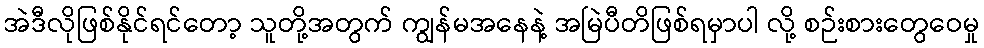
အဲဒီလိုဖြစ်နိုင်ရင်တော့ သူတို့အတွက် ကျွန်မအနေနဲ့ အမြဲပီတိဖြစ်ရမှာပါ လို့ စဉ်းစားတွေဝေမှု